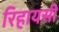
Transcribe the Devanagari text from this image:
रिहायसी